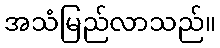
အသံမြည်လာသည်။